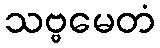
သဗ္ဗမေတံ